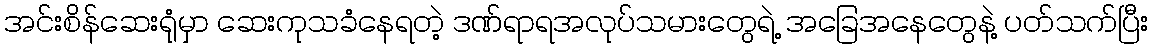
အင်းစိန်ဆေးရုံမှာ ဆေးကုသခံနေရတဲ့ ဒဏ်ရာရအလုပ်သမားတွေရဲ့ အခြေအနေတွေနဲ့ ပတ်သက်ပြီး